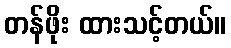
တန်ဖိုး ထားသင့်တယ်။